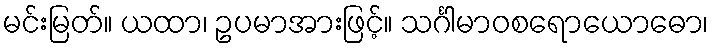
မင်းမြတ်။ ယထာ၊ ဥပမာအားဖြင့်။ သင်္ဂါမာဝစရောယောဓော၊